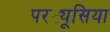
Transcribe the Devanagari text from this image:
परट्यूसिया